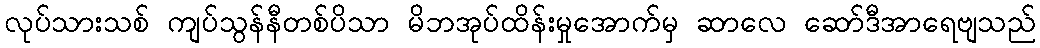
လုပ်သားသစ် ကျပ်သွန်နီတစ်ပိသာ မိဘအုပ်ထိန်းမှုအောက်မှ ဆာလေ ဆော်ဒီအာရေဗျသည်